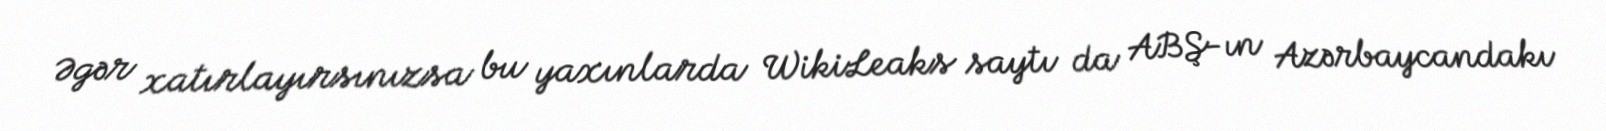
Əgər xatırlayırsınızsa bu yaxınlarda WikiLeaks saytı da ABŞ-ın Azərbaycandakı